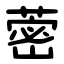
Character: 蔤